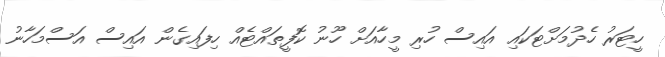
ހީޓަރު ހެދުމަށްޓަކައި އައިސް ހުރި މީހާއަށް ހޫނު ކޮފީތައްޓެއް ހިފައިގެން އައިސް އަސްމަހާނު